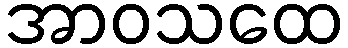
အာဝသထေ